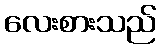
လေးစားသည်